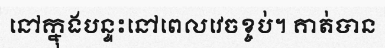
នៅក្នុងបន្ទះនៅពេលវេចខ្ចប់។ គាត់បាន